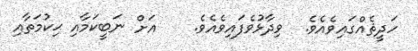
ހަދީޘެއްގައިވެއެވެ.  ވިދާޅުވެފައިވެއެވެ.    އަށް ނަބީކަމާއި ޙިކުމަތާއި